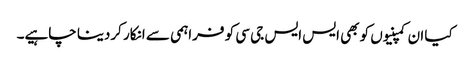
کیا ان کمپنیوں کو بھی ایس ایس جی سی کو فراہمی سے انکار کردینا چاہیے۔